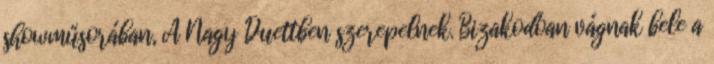
showműsorában, A Nagy Duettben szerepelnek. Bizakodóan vágnak bele a